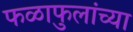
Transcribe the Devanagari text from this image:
फळाफुलांच्या